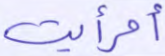
أفرأيت